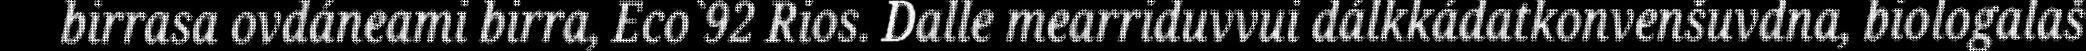
birrasa ovdáneami birra, Eco`92 Rios. Dalle mearriduvvui dálkkádatkonvenšuvdna, biologalaš